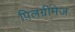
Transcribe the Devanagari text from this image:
पिलग्रीमेज